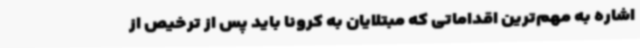
اشاره به مهم‌ترین اقداماتی که مبتلایان به کرونا باید پس از ترخیص از